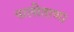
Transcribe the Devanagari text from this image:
पालीताणा